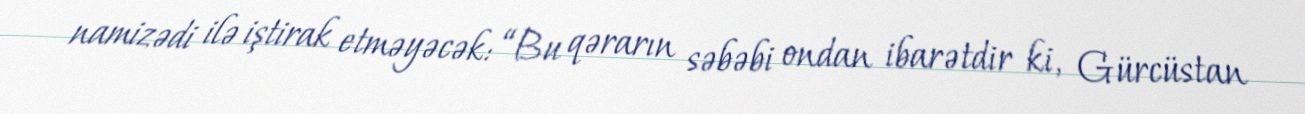
namizədi ilə iştirak etməyəcək: “Bu qərarın səbəbi ondan ibarətdir ki, Gürcüstan